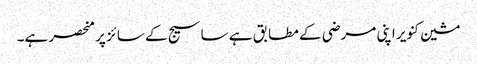
مشین کنویر اپنی مرضی کے مطابق ہے ساسیج کے سائز پر منحصر ہے۔